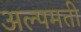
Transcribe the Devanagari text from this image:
अल्पमती